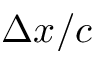
\Delta x / c